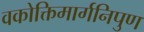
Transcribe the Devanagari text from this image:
वकोक्तिमार्गनिपुण